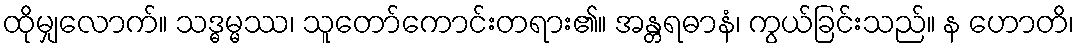
ထိုမျှလောက်။ သဒ္ဓမ္မဿ၊ သူတော်ကောင်းတရား၏။ အန္တရဓာနံ၊ ကွယ်ခြင်းသည်။ န ဟောတိ၊